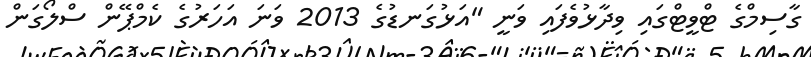
ގާސިމްގެ ޓްވީޓްގައި ވިދާޅުވެފައި ވަނީ "އަޅުގަނޑުގެ 2013 ވަނަ އަހަރުގެ ކެމްޕޭން ސްލޯގަން